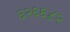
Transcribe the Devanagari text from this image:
६२६६४२